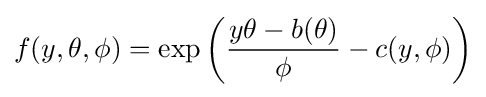
f(y,\theta ,\phi )=\exp \left({\frac {y\theta -b(\theta )}{\phi }}-c(y,\phi )\right)